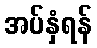
အပ်နှံရန်